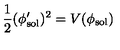
\frac { 1 } { 2 } ( \phi _ { \mathrm { s o l } } ^ { \prime } ) ^ { 2 } = V ( \phi _ { \mathrm { s o l } } )